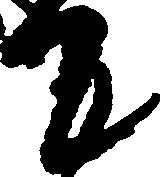
て